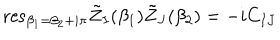
\mathrm { r e s } _ { \beta _ { 1 } = \beta _ { 2 } + i \pi } { \tilde { Z } } _ { I } ( \beta _ { 1 } ) { \tilde { Z } } _ { J } ( \beta _ { 2 } ) = - i C _ { I J }